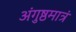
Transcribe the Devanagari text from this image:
अंगुष्ठमात्रं